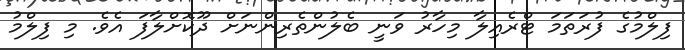
ފިލްމުގެ ފުރަތަމަ ޓްރެއިލާ މިހާރު ވަނީ ބެލުންތެރިންނަށް ދޫކޮށްލާފަ އެވެ. މި ފިލްމު